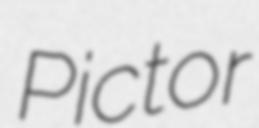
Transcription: Pictor